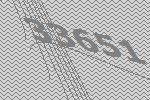
33651